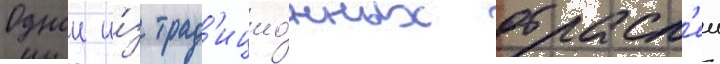
Однои и́з трад'ицио́нных отрасл'еи